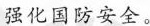
强化国防安全。